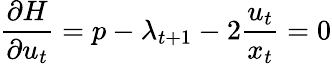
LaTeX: {\frac{\partial H}{\partial u_{t}}}=p-\lambda_{t+1}-2{\frac{u_{t}}{x_{t}}}=0